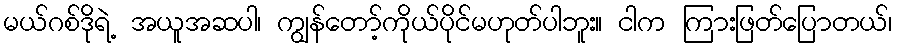
မယ်ဂစ်ဒိုရဲ့ အယူအဆပါ၊ ကျွန်တော့်ကိုယ်ပိုင်မဟုတ်ပါဘူး။ ငါက ကြားဖြတ်ပြောတယ်၊